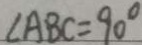
\angle A B C = 9 0 ^ { \circ }